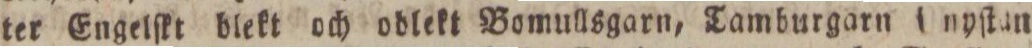
ter Engelſkt blekt och oodlekt Bomullsgarn, Tamburgarn Unyſtan